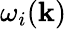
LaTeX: \omega_{i}({\mathbf k})